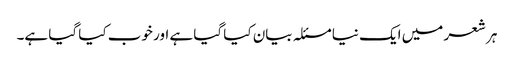
ہر شعر میں ایک نیا مسئلہ بیان کیا گیا ہے اور خوب کیا گیا ہے۔